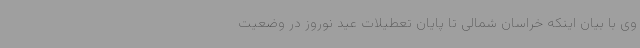
وی با بیان اینکه خراسان شمالی تا پایان تعطیلات عید نوروز در وضعیت